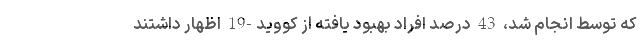
که توسط انجام شد، 43 درصد افراد بهبود یافته از کووید-19 اظهار داشتند